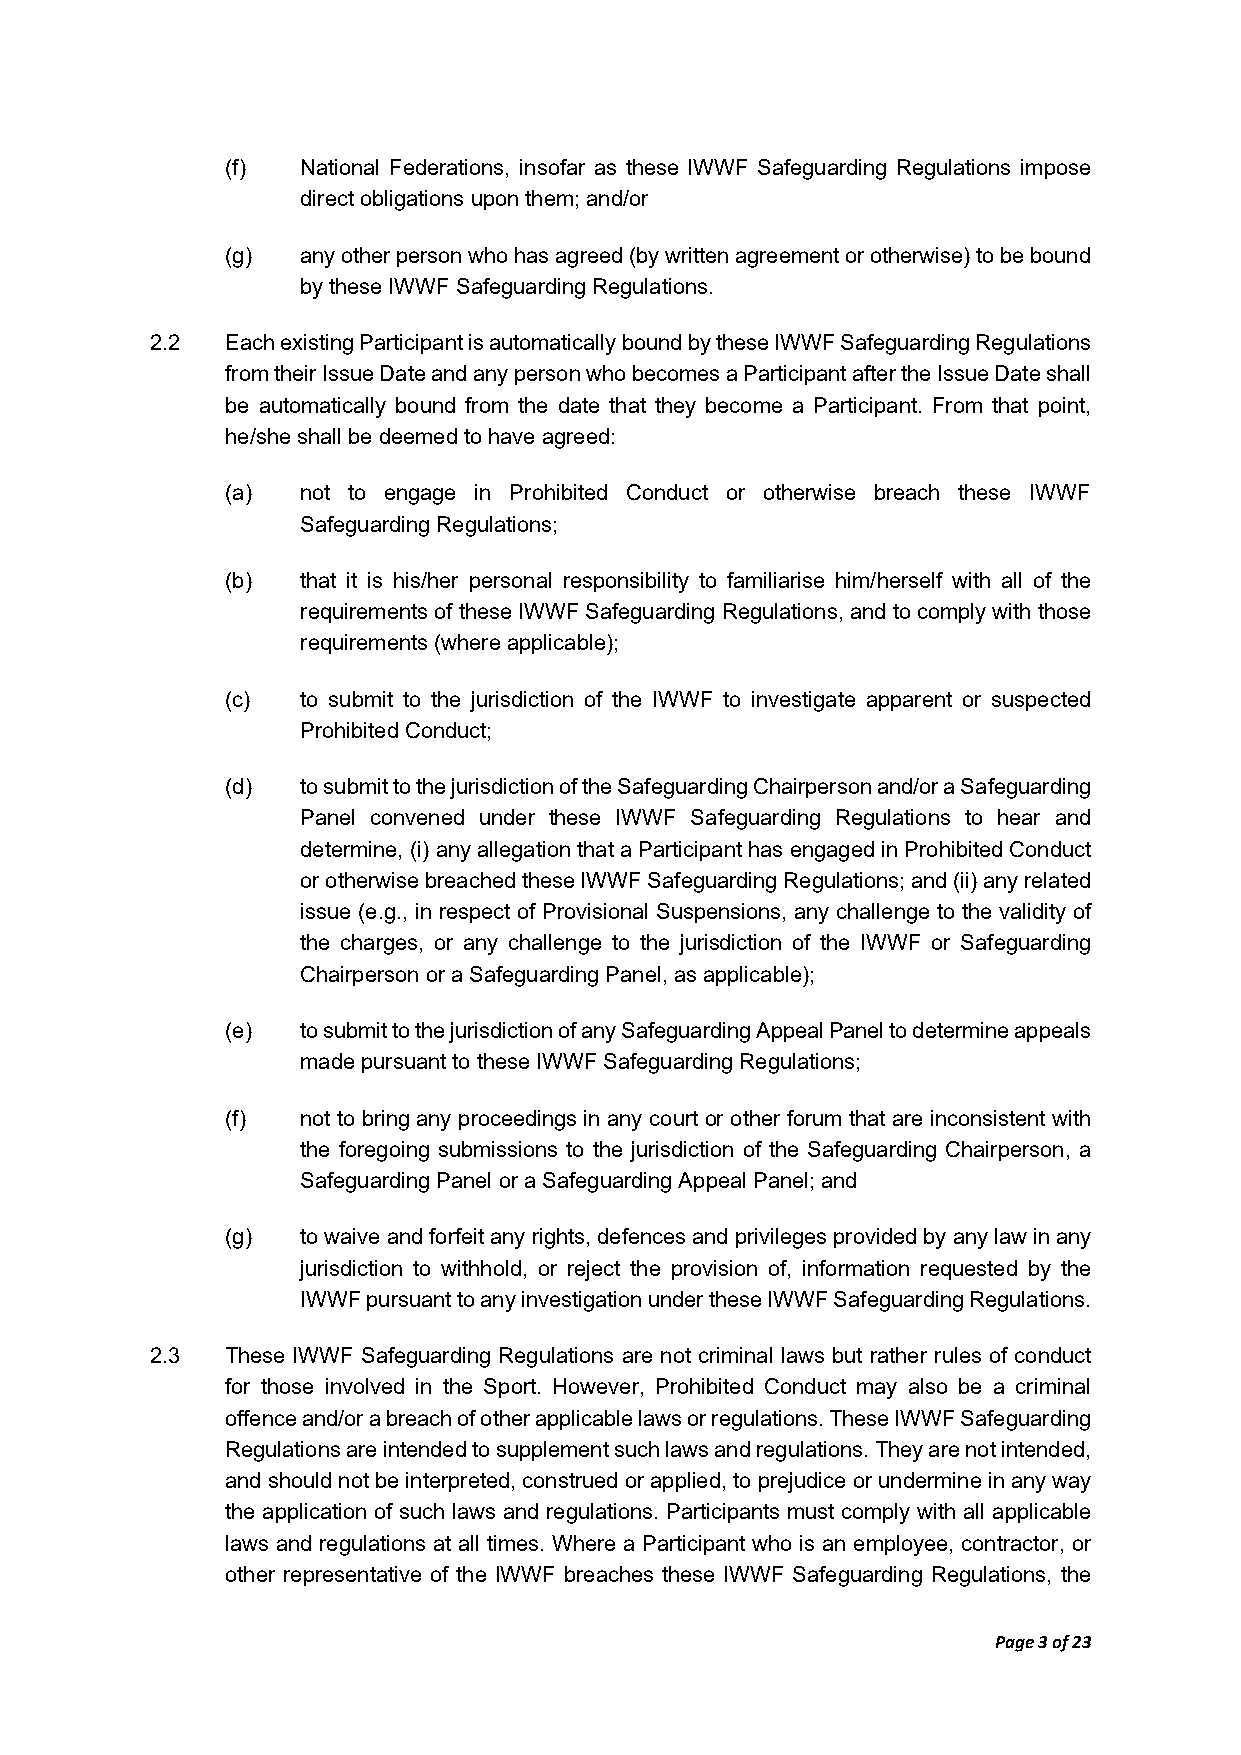
(f)  National Federations, insofar as these IWWF Safeguarding Regulations impose
 direct obligations upon them; and/or
 (g)  any other person who has agreed (by written agreement or otherwise) to be bound
 by these IWWF Safeguarding Regulations.
 2.2  Each existing Participant is automatically bound by these IWWF Safeguarding Regulations
 from their Issue Date and any person who becomes a Participant after the Issue Date shall
 be automatically bound from the date that they become a Participant. From that point,
 he/she shall be deemed to have agreed:
 (a)  not to engage in Prohibited Conduct or otherwise breach these IWWF
 Safeguarding Regulations;
 (b)  that it is his/her personal responsibility to familiarise him/herself with all of the
 requirements of these IWWF Safeguarding Regulations, and to comply with those
 requirements (where applicable);
 (c)  to submit to the jurisdiction of the IWWF to investigate apparent or suspected
 Prohibited Conduct;
 (d)  to submit to the jurisdiction of the Safeguarding Chairperson and/or a Safeguarding
 Panel convened under these IWWF Safeguarding Regulations to hear and
 determine, (i) any allegation that a Participant has engaged in Prohibited Conduct
 or otherwise breached these IWWF Safeguarding Regulations; and (ii) any related
 issue (e.g., in respect of Provisional Suspensions, any challenge to the validity of
 the charges, or any challenge to the jurisdiction of the IWWF or Safeguarding
 Chairperson or a Safeguarding Panel, as applicable);
 (e)  to submit to the jurisdiction of any Safeguarding Appeal Panel to determine appeals
 made pursuant to these IWWF Safeguarding Regulations;
 (f)  not to bring any proceedings in any court or other forum that are inconsistent with
 the foregoing submissions to the jurisdiction of the Safeguarding Chairperson, a
 Safeguarding Panel or a Safeguarding Appeal Panel; and
 (g)  to waive and forfeit any rights, defences and privileges provided by any law in any
 jurisdiction to withhold, or reject the provision of, information requested by the
 IWWF pursuant to any investigation under these IWWF Safeguarding Regulations.
 2.3  These IWWF Safeguarding Regulations are not criminal laws but rather rules of conduct
 for those involved in the Sport. However, Prohibited Conduct may also be a criminal
 offence and/or a breach of other applicable laws or regulations. These IWWF Safeguarding
 Regulations are intended to supplement such laws and regulations. They are not intended,
 and should not be interpreted, construed or applied, to prejudice or undermine in any way
 the application of such laws and regulations. Participants must comply with all applicable
 laws and regulations at all times. Where a Participant who is an employee, contractor, or
 other representative of the IWWF breaches these IWWF Safeguarding Regulations, the
 Page 3 of 23